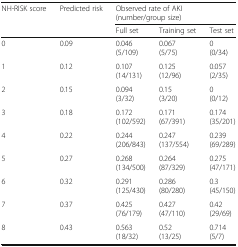
<table><thead><tr><td><b>NH-RISK score</b></td><td><b>Predicted risk</b></td><td colspan="3"><b>Observed rate of AKI (number/group size)</b></td></tr><tr><td></td><td></td><td><b>Full set</b></td><td><b>Training set</b></td><td><b>Test set</b></td></tr></thead><tbody><tr><td>0</td><td>0.09</td><td>0.046(5/109)</td><td>0.067(5/75)</td><td>0(0/34)</td></tr><tr><td>1</td><td>0.12</td><td>0.107(14/131)</td><td>0.125(12/96)</td><td>0.057(2/35)</td></tr><tr><td>2</td><td>0.15</td><td>0.094(3/32)</td><td>0.15(3/20)</td><td>0(0/12)</td></tr><tr><td>3</td><td>0.18</td><td>0.172(102/592)</td><td>0.171(67/391)</td><td>0.174(35/201)</td></tr><tr><td>4</td><td>0.22</td><td>0.244(206/843)</td><td>0.247(137/554)</td><td>0.239(69/289)</td></tr><tr><td>5</td><td>0.27</td><td>0.268(134/500)</td><td>0.264(87/329)</td><td>0.275(47/171)</td></tr><tr><td>6</td><td>0.32</td><td>0.291(125/430)</td><td>0.286(80/280)</td><td>0.3(45/150)</td></tr><tr><td>7</td><td>0.37</td><td>0.425(76/179)</td><td>0.427(47/110)</td><td>0.42(29/69)</td></tr><tr><td>8</td><td>0.43</td><td>0.563(18/32)</td><td>0.52(13/25)</td><td>0.714(5/7)</td></tr></tbody></table>